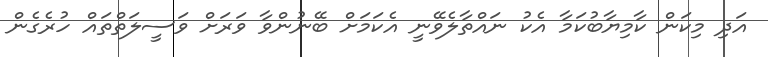
އަދި މިކަން ކާމިޔާބުކަމާ އެކު ނައްތާލެވޭނީ އެކަމަށް ބޭނުންވާ ވަރަށް ވަސީލަތްތައް ހުރެގެން